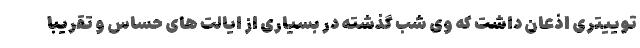
توییتری اذعان داشت که وی شب گذشته در بسیاری از ایالت های حساس و تقریبا